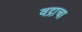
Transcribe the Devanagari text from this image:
वद्राचा